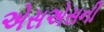
એસએસની